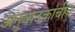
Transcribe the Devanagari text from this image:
अनुवादकांचीच